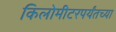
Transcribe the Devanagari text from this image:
किलोमीटरपर्यंतच्या